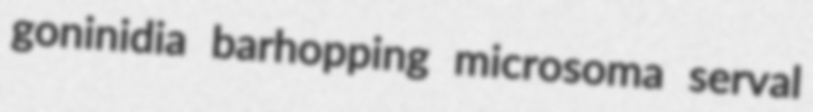
goninidia barhopping microsoma serval